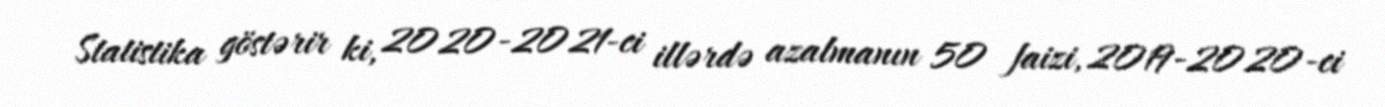
Statistika göstərir ki, 2020-2021-ci illərdə azalmanın 50 faizi, 2019-2020-ci